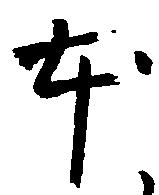
本